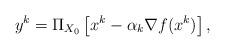
LaTeX: \begin{align*}y^{k}=\Pi_{X_0}\left[x^k-\alpha_k\nabla f(x^k)\right],\end{align*}